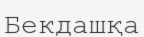
Бекдашқа